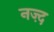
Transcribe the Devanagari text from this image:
नज़्द